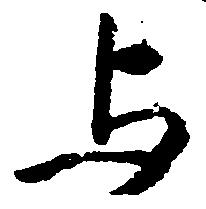
与